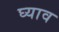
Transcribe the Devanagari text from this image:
घ्याव